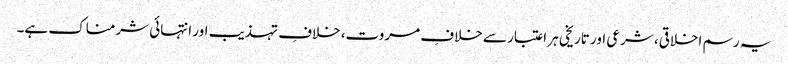
یہ رسم اخلاقی، شرعی اور تاریخی ہر اعتبار سے خلافِ مروت، خلافِ تہذیب اور انتہائی شرمناک ہے۔